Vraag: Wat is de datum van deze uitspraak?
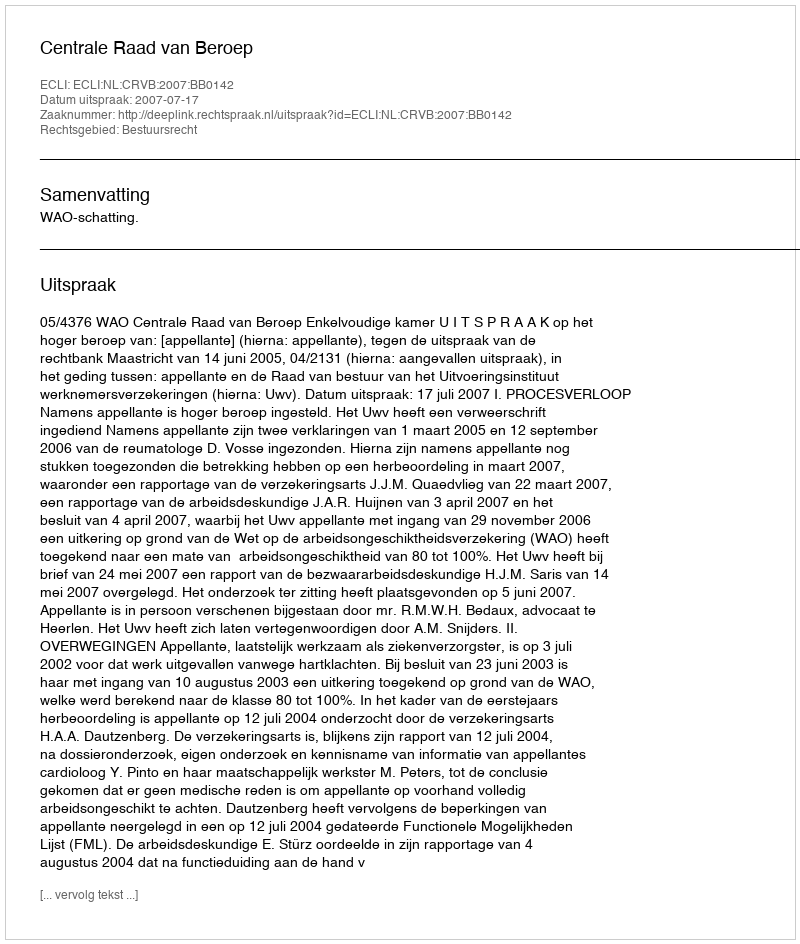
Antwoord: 2007-07-17